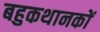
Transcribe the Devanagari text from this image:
बहुकथानकों